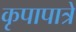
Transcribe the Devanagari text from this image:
कृपापात्रे